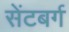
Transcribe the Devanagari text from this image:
सेंटबर्ग